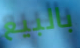
بالبيع